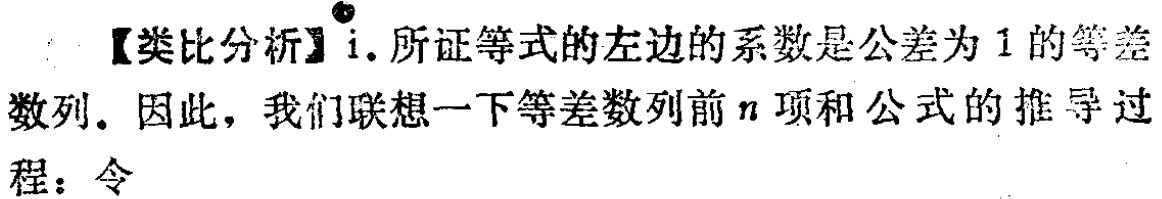
【类比分析】i. 所证等式的左边的系数是公差为 1 的等差数列. 因此，我们联想一下等差数列前\(n\)项和公式的推导过程：令